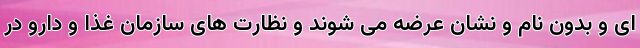
ای و بدون نام و نشان عرضه می شوند و نظارت های سازمان غذا و دارو در